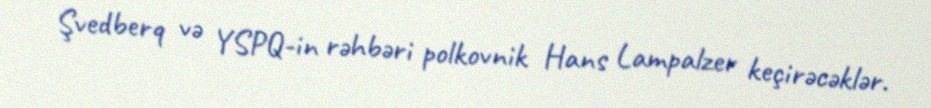
Şvedberq və YSPQ-in rəhbəri polkovnik Hans Lampalzer keçirəcəklər.